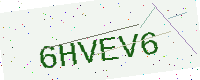
Text: 6HVEV6